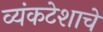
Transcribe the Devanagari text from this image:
व्यंकटेशाचे